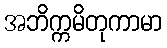
အဘိက္ကမိတုကာမာ